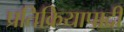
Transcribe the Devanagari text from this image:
प्रतिक्रियापादी